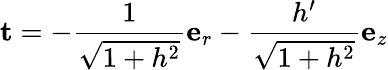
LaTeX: \mathbf{t}=-\frac{1}{\sqrt{1+h^{2}}}\mathbf{e}_{r}-\frac{h^{\prime}}{\sqrt{1+h^{2}}}\mathbf{e}_{z}